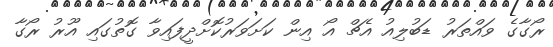
ރޯގާގެ ވައްތަރު ޑަބުލިއު އެޗް އޯ އިން ކަށަވަރުކޮށްދީފައިވާ ގޮތުގައި އޫރު ރޯގާ